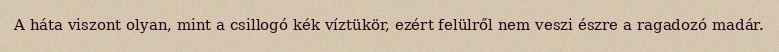
A háta viszont olyan, mint a csillogó kék víztükör, ezért felülről nem veszi észre a ragadozó madár.